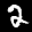
Label: 2